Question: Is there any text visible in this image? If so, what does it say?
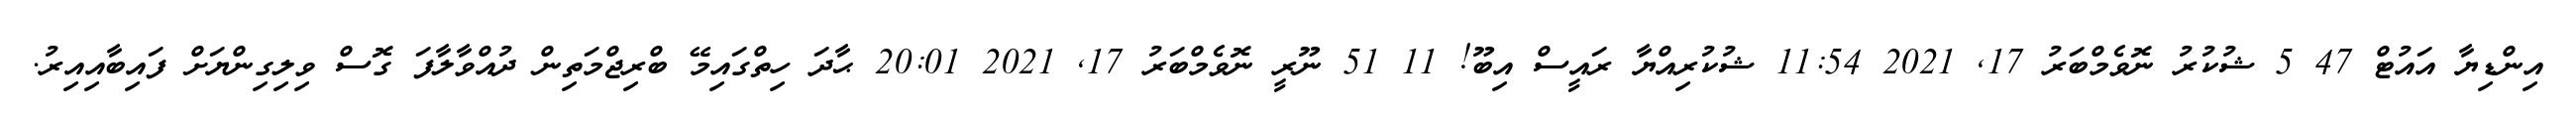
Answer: އިންޑިޔާ އައުޓް 47 5 ޝުކުރު ނޮވެމްބަރު 17, 2021 11:54 ޝުކުރިއްޔާ ރައީސް އިބޫ! 11 51 ނޫރީ ނޮވެމްބަރު 17, 2021 20:01 ޙާދަ ހިތްގައިމޭ ބްރިޖްމަތިން ދުއްވާލާފަ ގޮސް ވިލިގިންޔަށް ފައިބާއިއިރު.